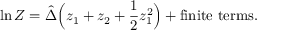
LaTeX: \ln Z = \hat { \Delta } \Big ( z _ { 1 } + z _ { 2 } + \frac { 1 } { 2 } z _ { 1 } ^ { 2 } \Big ) + \mathrm { f i n i t e ~ t e r m s } .